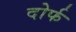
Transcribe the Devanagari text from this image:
दोर्फ